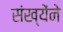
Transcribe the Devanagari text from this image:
संख्येंने